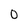
Character: 0